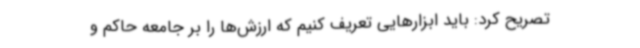
تصریح کرد: باید ابزارهایی تعریف کنیم که ارزش‌ها را بر جامعه حاکم و